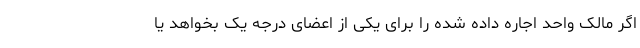
اگر مالک واحد اجاره داده شده را برای یکی از اعضای درجه یک بخواهد یا